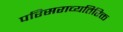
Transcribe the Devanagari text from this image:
परिसराव्यतिरिक्त